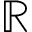
\mathbb { R }